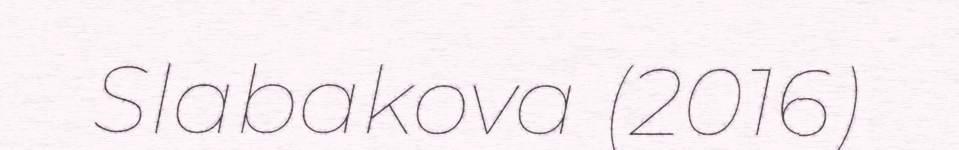
Slabakova (2016)